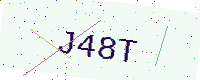
Text: J48T